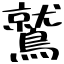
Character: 鷲